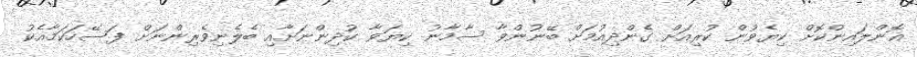
އޮންލައިންކޮށް ކިޔެވުން ކުރިއަށް ގެންދިއުމަށް ބޭނުންވާ ސާމާނު ކިޔަވާ ކުދިންނަށާއި ބެލެނިވެރިންނަށް ފަސޭހަކަމާއެކު